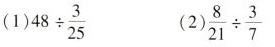
(1) $$48 \div \frac{3}{25}$$ (2) $$\frac{8}{21}\div \frac{3}{7}$$ }